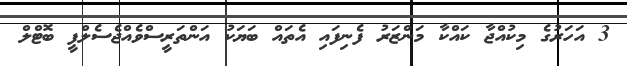
3 އަހަރުގެ މިކުއްޖާ ކައްކާ މަންޒަރު ފެނިފައި އެތައް ބަޔަކު އަންތަރީސްވެއްޖެސެލްފީ ބޮޓްލް